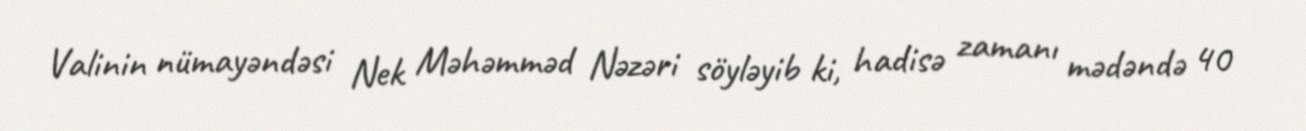
Valinin nümayəndəsi Nek Məhəmməd Nəzəri söyləyib ki, hadisə zamanı mədəndə 40